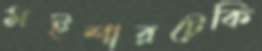
মইশারটেকি